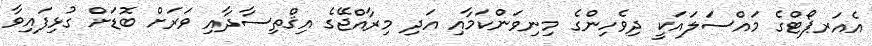
އެއަރޕޯޓްގެ މައްސަލައަކީ ދިވެހިންގެ މިނިވަންކަމާއި އަދި މިރާއްޖޭގެ އިޤްތިސާދާއި ވަރަށް ބޮޑަށް ގުޅިފައިވާ